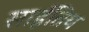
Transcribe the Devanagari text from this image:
साईतिय